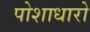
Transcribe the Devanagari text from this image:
पोशाधारो